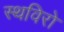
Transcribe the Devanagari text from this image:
स्थविरो